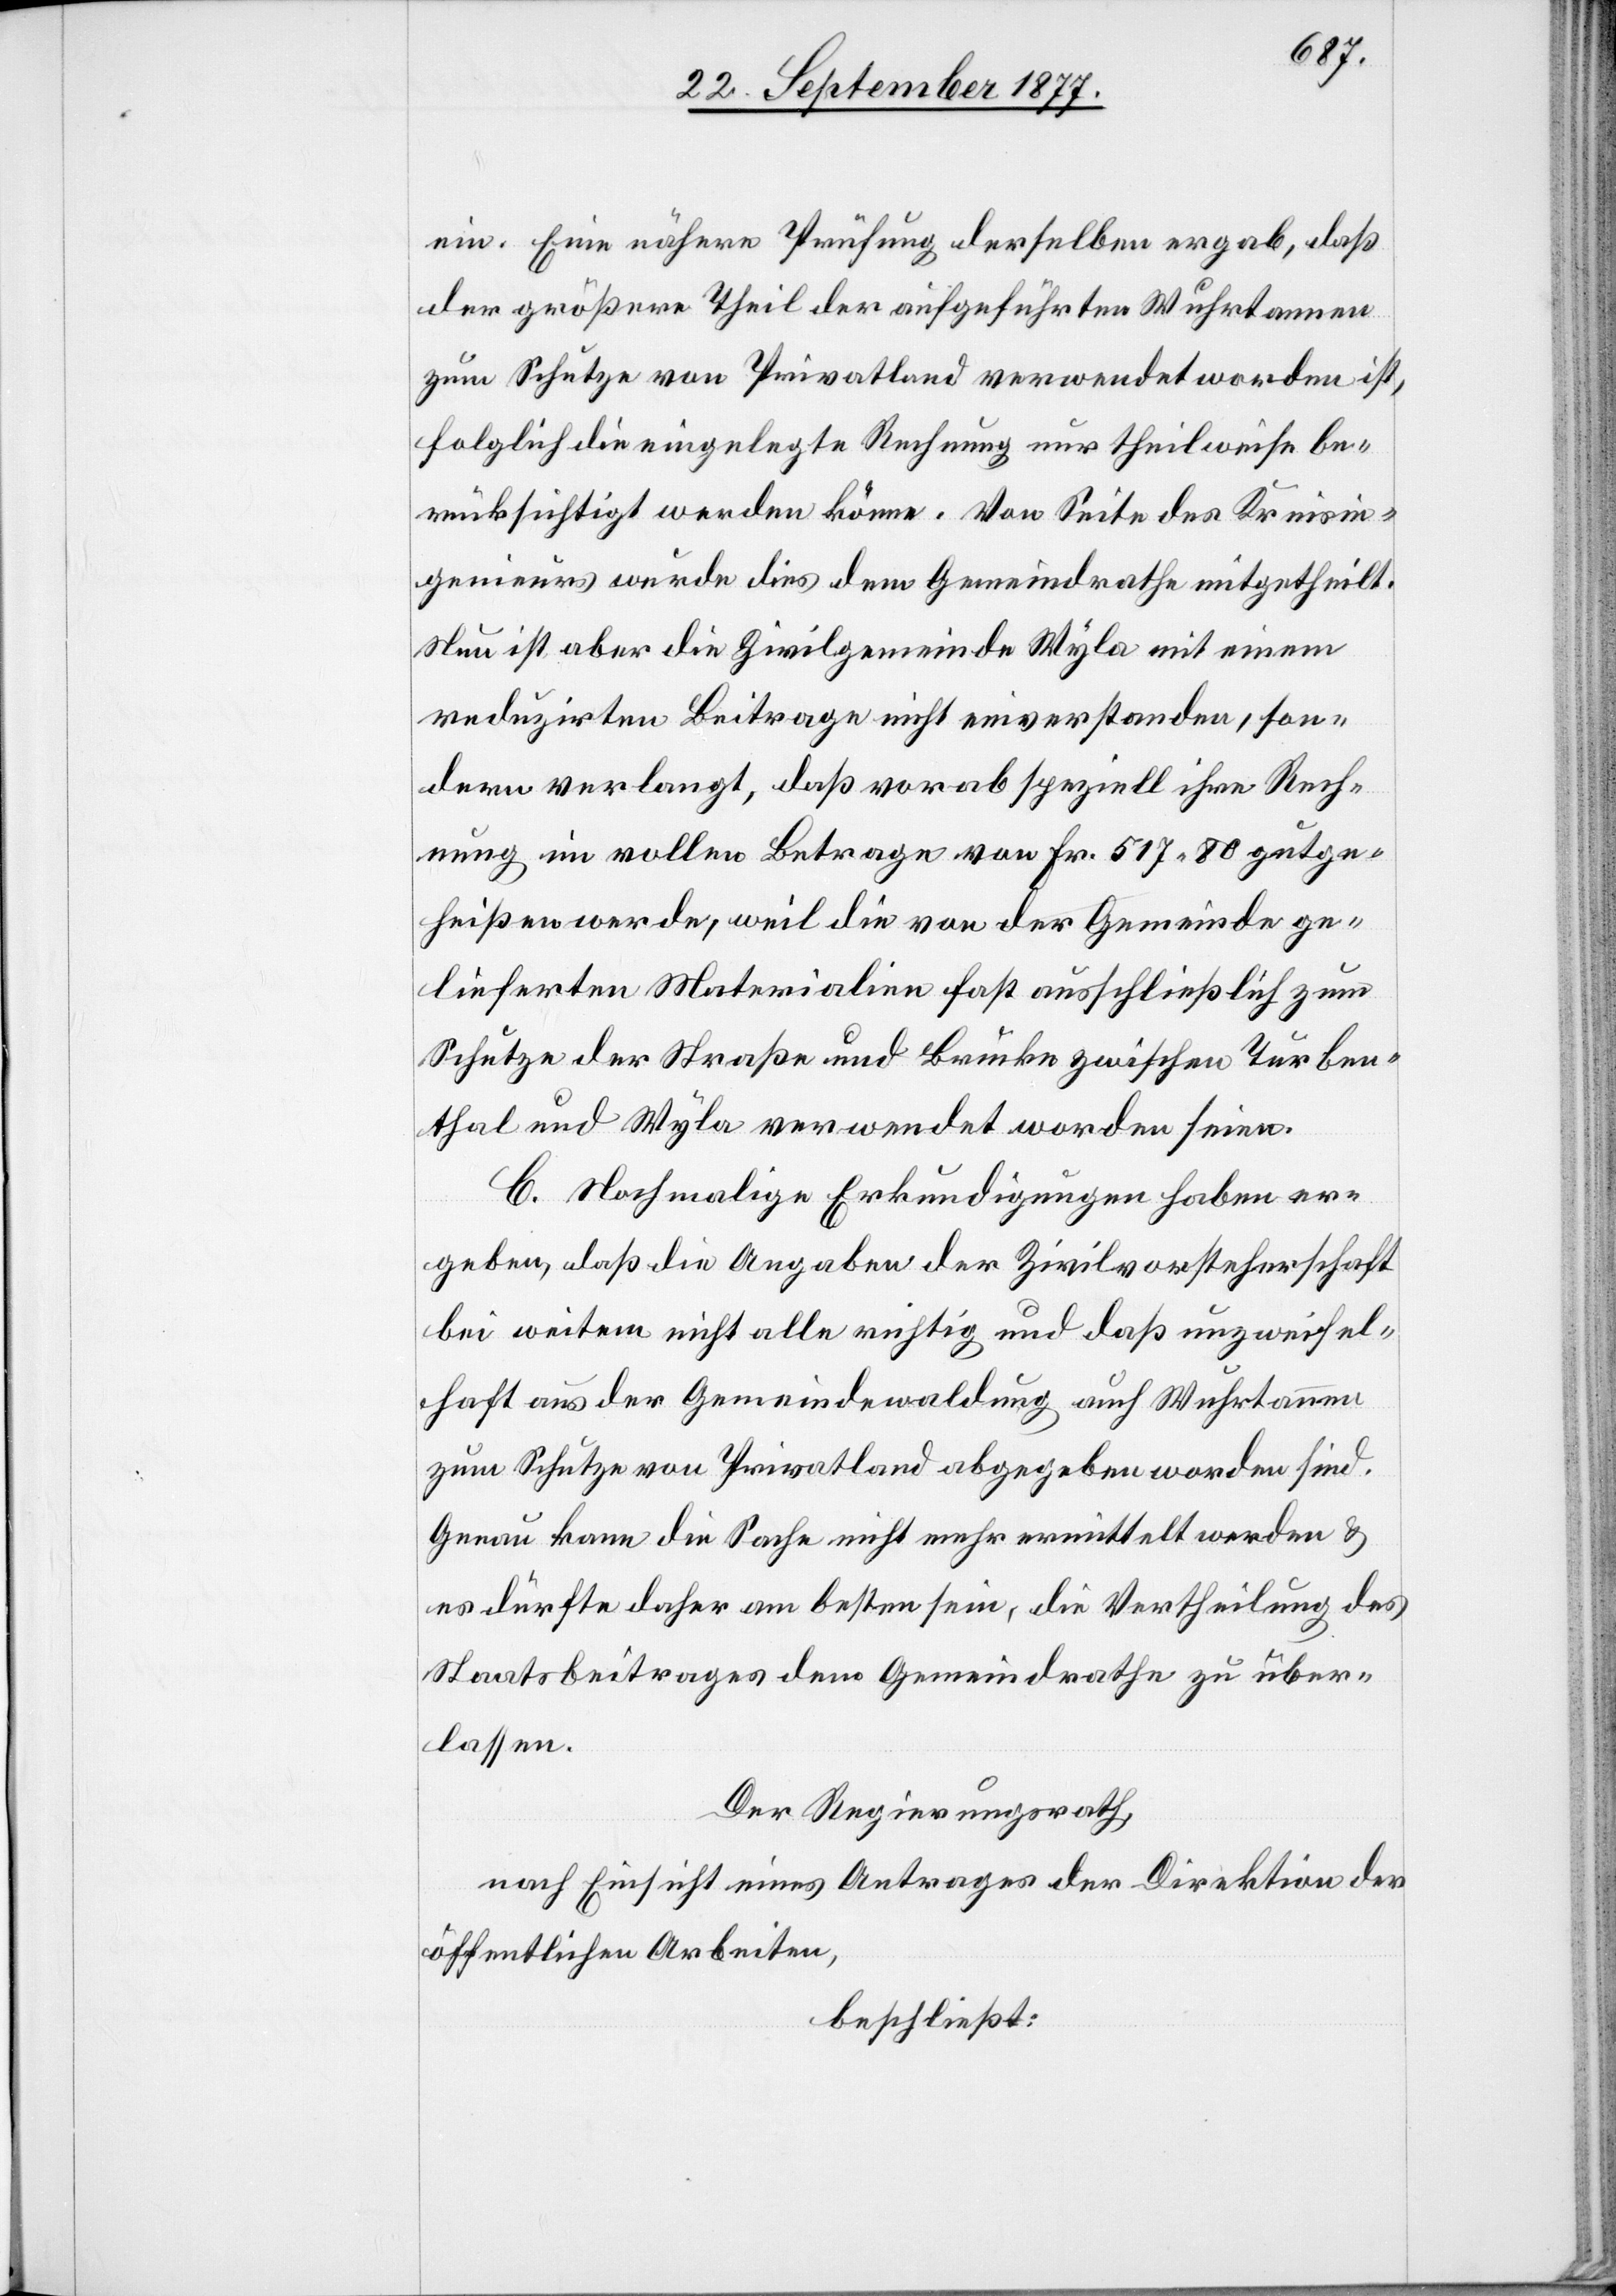
ein. Eine nähere Prüfung derselben ergab, daß
der größere Theil der aufgeführten Wuhrtannen
zum Schutze von Privatland verwendet worden ist,
folglich die eingelegte Rechnung nur theilweise be¬
rücksichtigt werden könne. Von Seite des Kreisin¬
genieurs wurde dies dem Gemeindrathe mitgetheilt.
Neu ist aber die Zivilgemeinde Wyla mit einem
reduzirten Beitrage nicht einverstanden, son¬
dern verlangt, daß vorab speziell ihre Rech¬
nung im vollen Betrage von Fr. 517 80 gutge¬
heißen werde, weil die von der Gemeinde ge¬
lieferten Materialien fast ausschließlich zum
Schutze der Straße und Brücke zwischen Turben¬
thal und Wyla verwendet worden seien.
C. Nochmalige Erkundigungen haben er¬
geben, daß die Angaben der Zivilvorsteherschaft
bei weitem nicht alle richtig und daß unzweifel¬
haft aus der Gemeindewaldung auch Wuhrtannen
zum Schutze von Privatland abgegeben worden sind.
Genau kann die Sache nicht mehr ermittelt werden &
es dürfte daher am besten sein, die Vertheilung des
Staatsbeitrages dem Gemeindrathe zu über¬
lassen.
Der Regierungsrath,
nach Einsicht eines Antrages der Direktion der
öffentlichen Arbeiten,
beschließt: